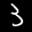
Label: 3